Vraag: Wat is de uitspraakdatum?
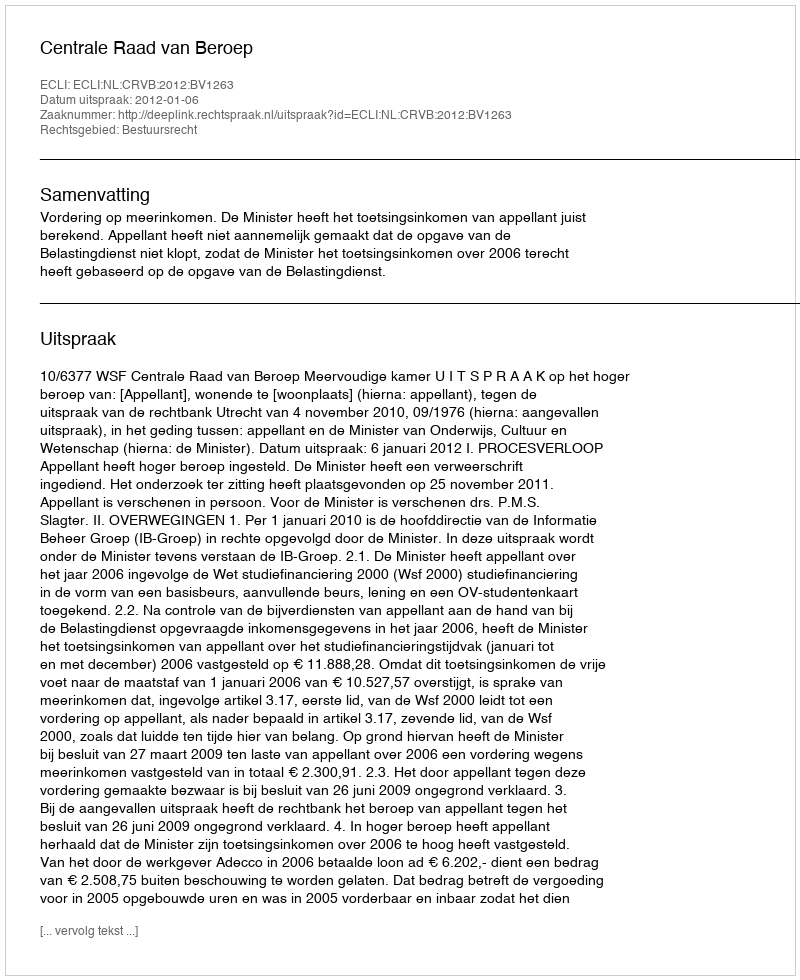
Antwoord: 2012-01-06